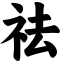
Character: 祛